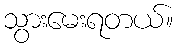
သွားမေးရတယ်။